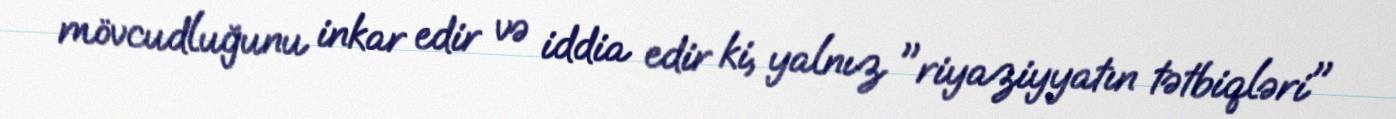
mövcudluğunu inkar edir və iddia edir ki, yalnız "riyaziyyatın tətbiqləri"